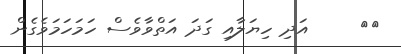
٢١     އަދި ހިޔަލާއި ގަދަ އަތްވާވެސް ހަމަހަމަވެގެން